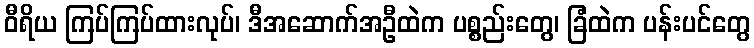
ဝီရိယ ကြပ်ကြပ်ထားလုပ်၊ ဒီအဆောက်အဦထဲက ပစ္စည်းတွေ၊ ခြံထဲက ပန်းပင်တွေ